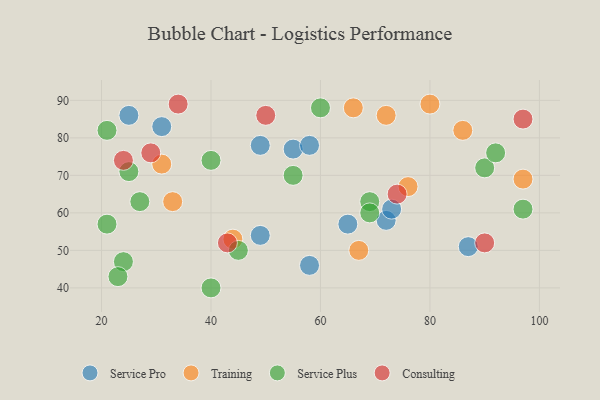
{"axis": {"x": "GDP", "y": "Life Expectancy"}, "legend": ["Consulting", "Service Plus", "Service Pro", "Training"], "data": [{"x": "72", "y": 58, "type": "Service Pro"}, {"x": "25", "y": 86, "type": "Service Pro"}, {"x": "55", "y": 77, "type": "Service Pro"}, {"x": "58", "y": 46, "type": "Service Pro"}, {"x": "49", "y": 54, "type": "Service Pro"}, {"x": "31", "y": 83, "type": "Service Pro"}, {"x": "49", "y": 78, "type": "Service Pro"}, {"x": "58", "y": 78, "type": "Service Pro"}, {"x": "73", "y": 61, "type": "Service Pro"}, {"x": "87", "y": 51, "type": "Service Pro"}, {"x": "65", "y": 57, "type": "Service Pro"}, {"x": "86", "y": 82, "type": "Training"}, {"x": "44", "y": 53, "type": "Training"}, {"x": "33", "y": 63, "type": "Training"}, {"x": "80", "y": 89, "type": "Training"}, {"x": "67", "y": 50, "type": "Training"}, {"x": "31", "y": 73, "type": "Training"}, {"x": "76", "y": 67, "type": "Training"}, {"x": "66", "y": 88, "type": "Training"}, {"x": "72", "y": 86, "type": "Training"}, {"x": "97", "y": 69, "type": "Training"}, {"x": "24", "y": 47, "type": "Service Plus"}, {"x": "27", "y": 63, "type": "Service Plus"}, {"x": "23", "y": 43, "type": "Service Plus"}, {"x": "69", "y": 63, "type": "Service Plus"}, {"x": "69", "y": 60, "type": "Service Plus"}, {"x": "40", "y": 40, "type": "Service Plus"}, {"x": "90", "y": 72, "type": "Service Plus"}, {"x": "21", "y": 82, "type": "Service Plus"}, {"x": "40", "y": 74, "type": "Service Plus"}, {"x": "60", "y": 88, "type": "Service Plus"}, {"x": "55", "y": 70, "type": "Service Plus"}, {"x": "25", "y": 71, "type": "Service Plus"}, {"x": "45", "y": 50, "type": "Service Plus"}, {"x": "97", "y": 61, "type": "Service Plus"}, {"x": "21", "y": 57, "type": "Service Plus"}, {"x": "92", "y": 76, "type": "Service Plus"}, {"x": "43", "y": 52, "type": "Consulting"}, {"x": "90", "y": 52, "type": "Consulting"}, {"x": "74", "y": 65, "type": "Consulting"}, {"x": "29", "y": 76, "type": "Consulting"}, {"x": "50", "y": 86, "type": "Consulting"}, {"x": "24", "y": 74, "type": "Consulting"}, {"x": "34", "y": 89, "type": "Consulting"}, {"x": "97", "y": 85, "type": "Consulting"}]}